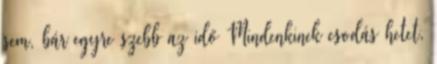
sem, bár egyre szebb az idő Mindenkinek csodás hetet,